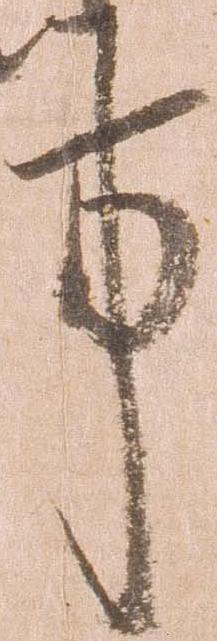
事